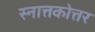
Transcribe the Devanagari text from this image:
स्नात्तकोत्तर